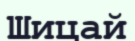
Шицай